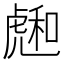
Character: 𧇮